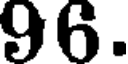
96.